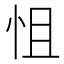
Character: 怚